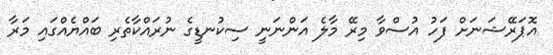
އޮޕަރޭޝަނަށް ފަހު އުސްވާ މިރޭ މާލެ އަންނަނީ ސިކުނޑީގެ ނުރައްކާތެރި ބައްޔެއްގައި މަރާ